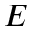
E